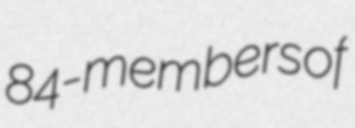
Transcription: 84-members of